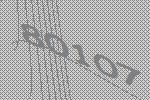
80107